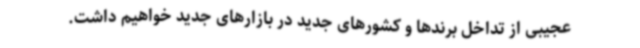
عجیبی از تداخل برندها و کشورهای جدید در بازارهای جدید خواهیم داشت.